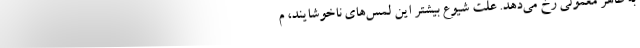
به ظاهر معمولی رخ می‌دهد. علت شیوع بیشتر این لمس‌های ناخوشایند، م